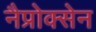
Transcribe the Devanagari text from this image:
नैप्रोक्सेन